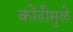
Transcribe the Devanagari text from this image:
कोंडीमुळे